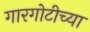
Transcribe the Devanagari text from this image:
गारगोटीच्या